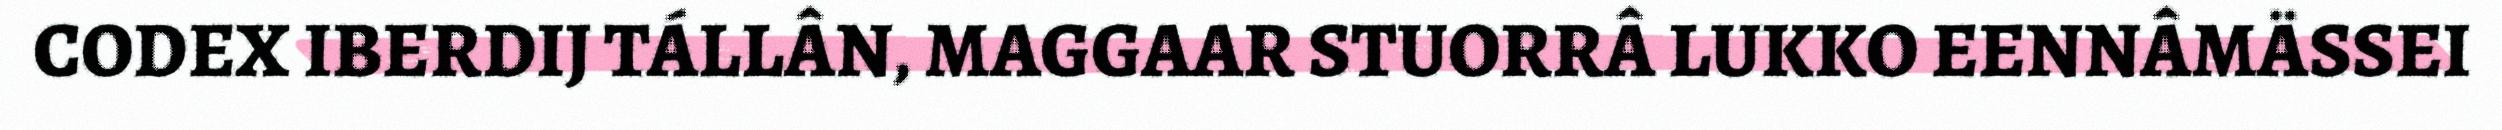
CODEX IBERDIJ TÁLLÂN, MAGGAAR STUORRÂ LUKKO EENNÂMÄSSEI